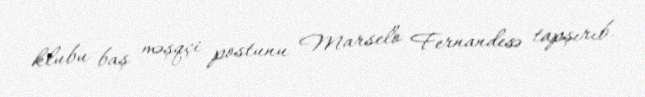
klubu baş məşqçi postunu Marselo Fernandesə tapşırıb.